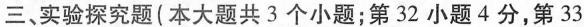
三、实验探究题(本大题共3个小题；第32小题4分，第33